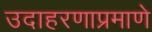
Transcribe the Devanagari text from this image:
उदाहरणाप्रमाणे